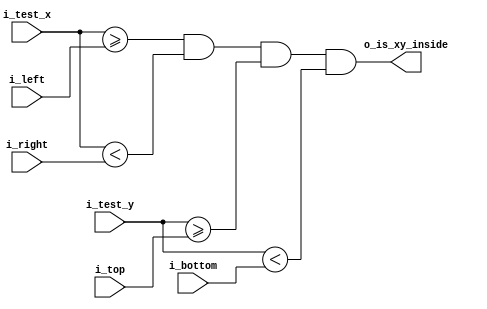
module Rectangle(
    input [10:0] i_left,
    input [10:0] i_top,
    input [10:0] i_right,
    input [10:0] i_bottom,
    input [10:0] i_test_x,
    input [10:0] i_test_y,
    output o_is_xy_inside
);

    reg r_is_xy_inside;

    always @*
    begin
        r_is_xy_inside = (i_test_x >= i_left) & (i_test_x < i_right) & (i_test_y >= i_top) & (i_test_y < i_bottom);
    end

    assign o_is_xy_inside = r_is_xy_inside;

endmodule